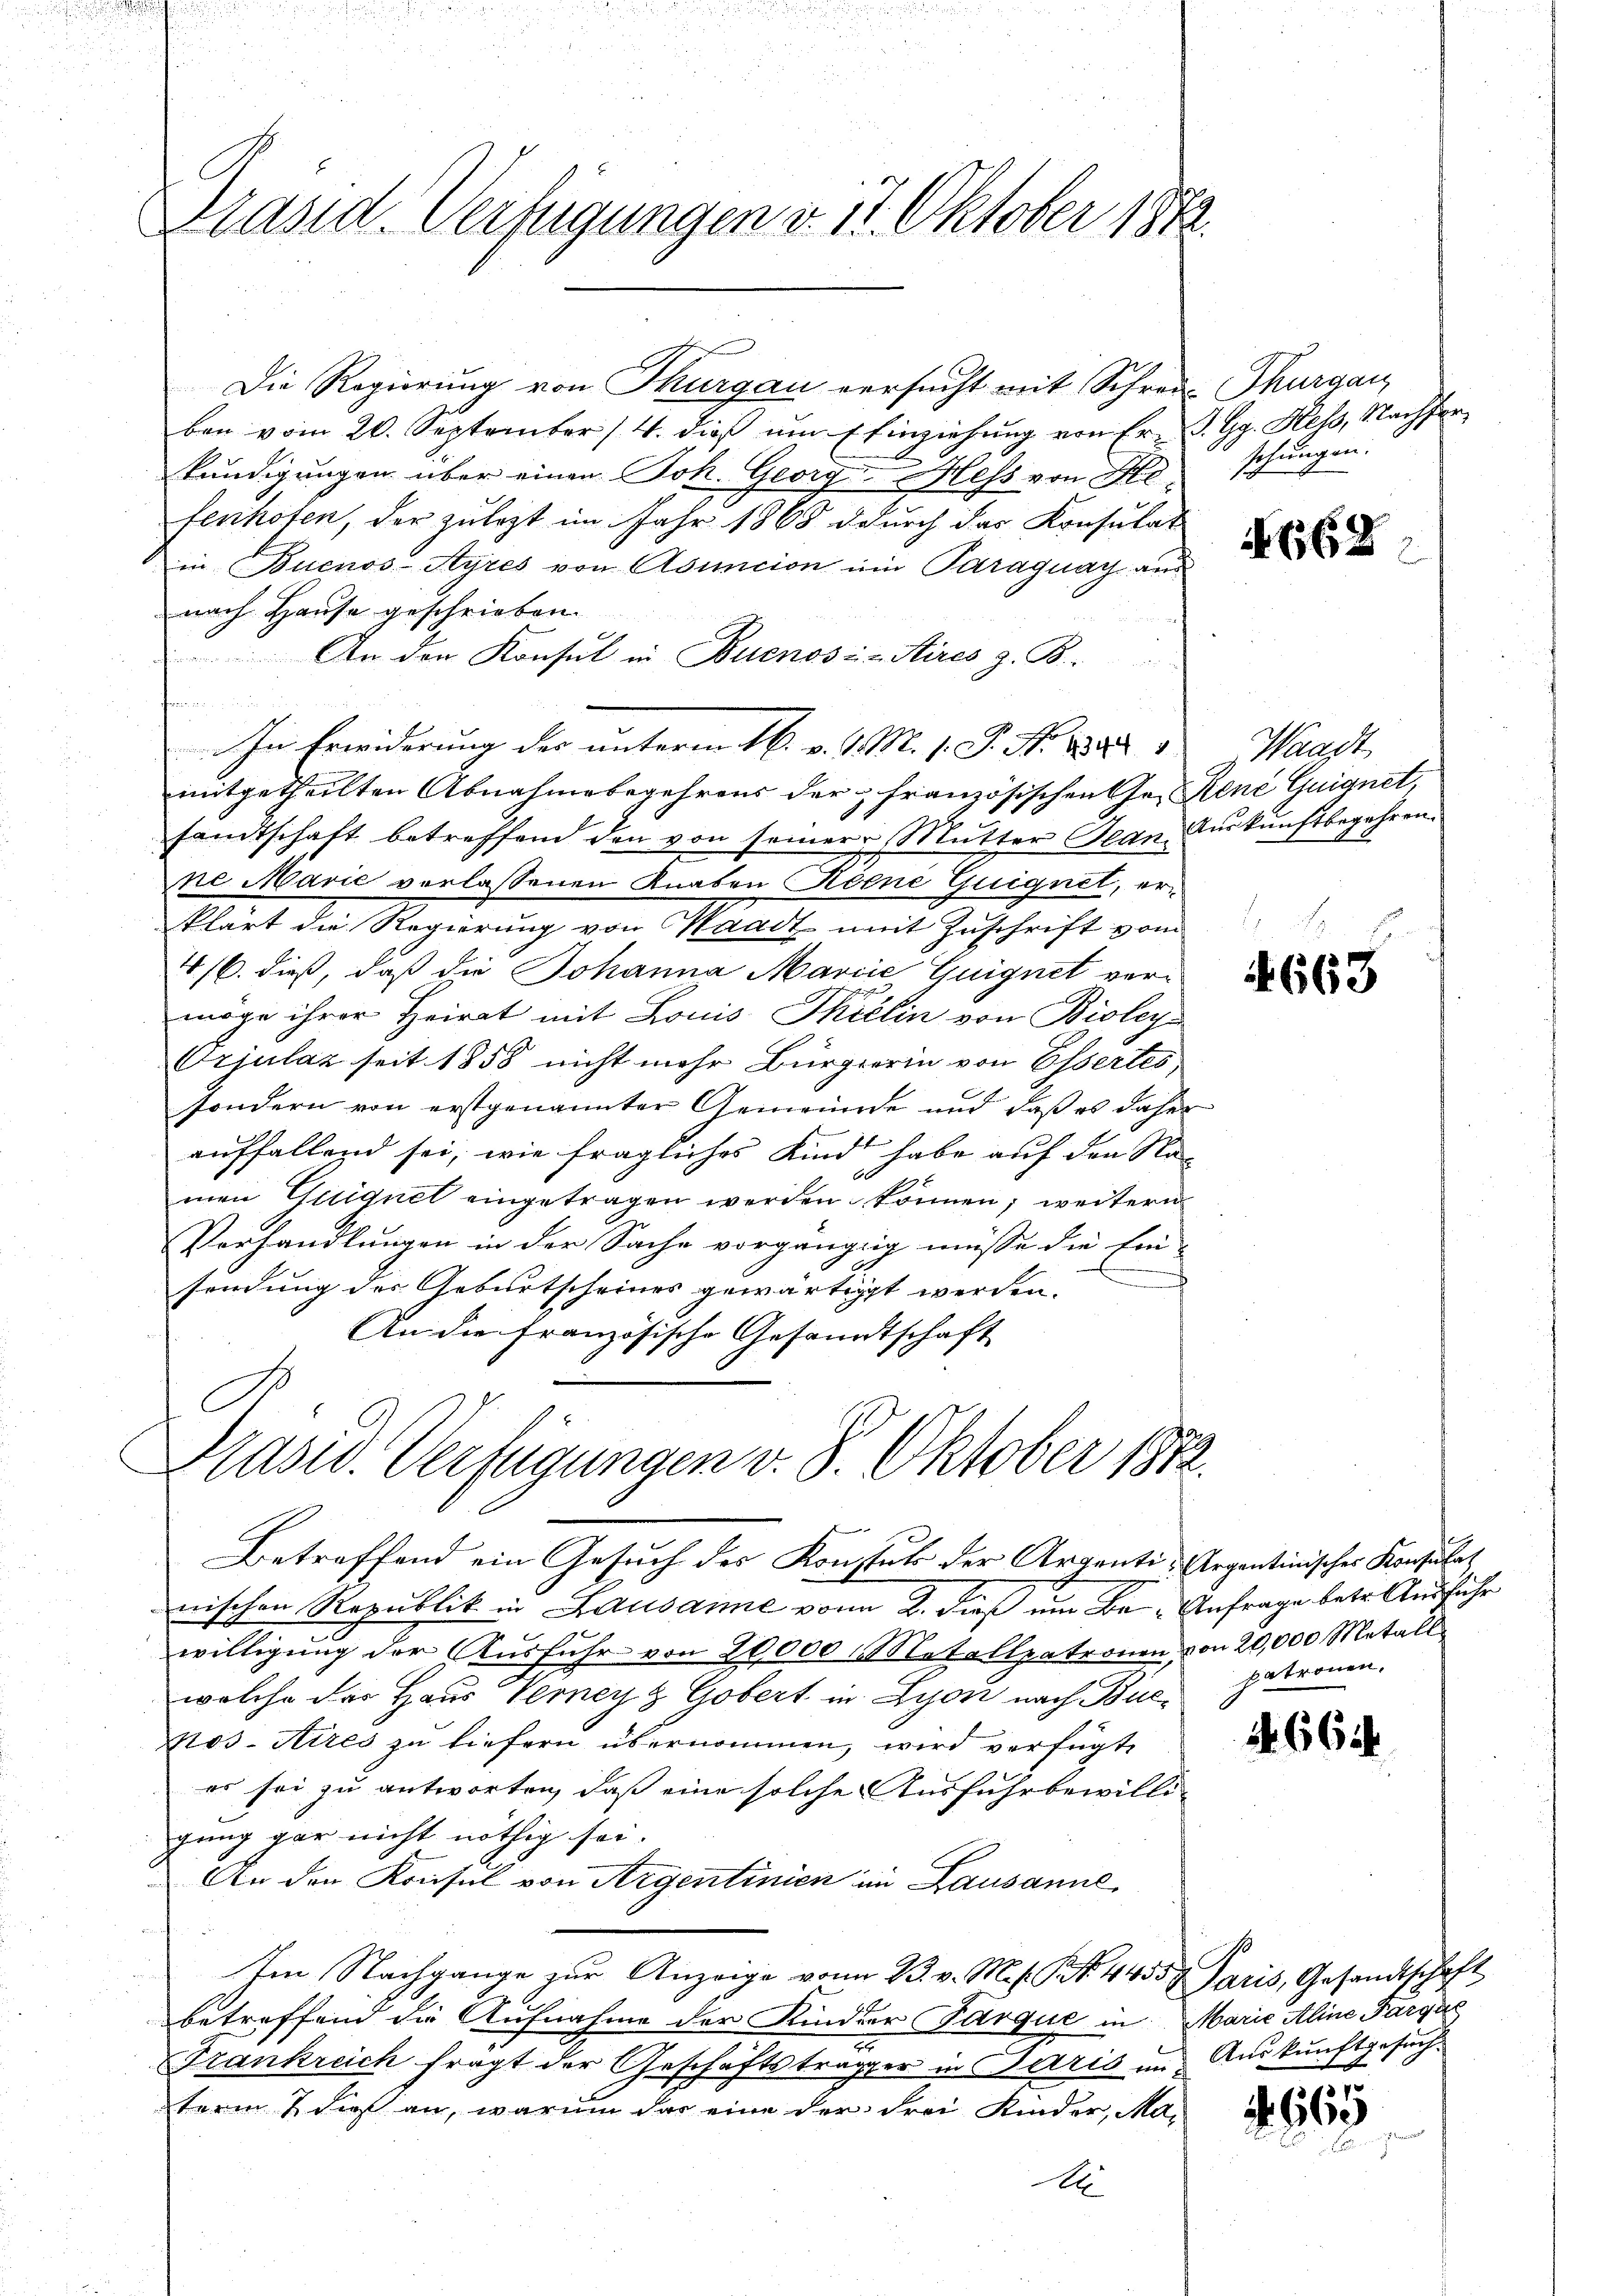
Präsid. Verfügungen v. 11. Oktober 1872.

Die Regierung von Thurgau versucht mit Schreie Thurgau
ben vom 20. September 14. dieβ ŭm Einziehung von Er-S. Gg. Hess, Nachforkundigungen über einen Joh. Georg Mess von He
fenhoten, der zulezt im Jahr 1868 d durch das Konsulat
in Buenos-Ayres von Asuncion ein Paraguay aus
nach Hause geschrieben.
An den Konsul in Buenos Aires z. B.
e
In Erwiderung der unterm 16. v. J. M. 1. P. Nr. 1882 " Waadt,
mitgetheilten Abnahme begehrens der französischen Ge- René Guignet,
sandtschaft betreffend den von seiner Mutter Jean Auskunftbegehren.
ne Marić verlassenen Knaben Reine Guignet, erklart die Regierung von Waadt mit Zuschrift vom
4/6. dieß, daß die Johanna Marie Guignet vermöge ihrer Heirat mit Louis Phillin von Bioley
Orjulaz seit 1858 nicht mehr Bürgerin von Essertes
sondern von erstgenannter Gemeinde und daß es daher
auffallend sei, wie fragliches Kindt habe auf den Na-
men Guignet eingetragen werden können; weitern
Vorhandlungen in der Sache vorgängig müsse die Ein-
sendung des Geburtscheines gewärtigt werden.
An die französische Gesandtschaft

Blasid. Verfügungen v. 8. Oktober 1872.
Betreffend ein Gesuch des Konstat der Argenti- Argantinisches Konsulat

nischen Republik in Lausanne von 2. dieß um Be- Anfrage betr. Ausführ
willigŭng der Aŭsfŭhr von 20000 Metallpatronen von 20,000 Metall
welche das Haus Verneyz Gobert in Lyon nach Bier patronen.
Nos Aires zu liefern übernommen, wird verfügte
es sei zu antworten, daß eine solche Ausfuhrbewilli-
gung gar nicht nöthig sei.
An den Konsul von Argentinien im Lausanne,
Im Nachgange zur Anzeige von 23. v. M. s. S. 44357 Paris, Gesandtschaft
betreffend die Aufnahme der Kinder Parque in Marie Aline Parque
2
Frankreich fragt der Geschäftstragter in Paris um Auskunftgesuchterm 2 dies an, warum das eine der drei Kinder, Ma-
A

schungen.

668

4663

4. 661.

665